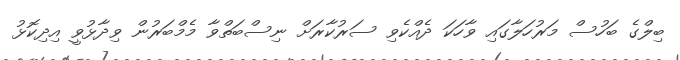
ބިލްގެ ބަހުސް މަރުހަލާގައި ވާހަކަ ދެއްކެވި ސަރުކާރަށް ނިސްބަތްވާ މެމްބަރުން ވިދާޅުވީ އިދިކޮޅު